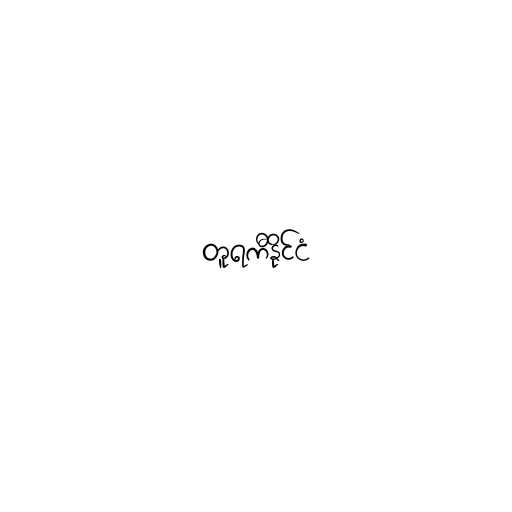
တူရကီနိုင်ငံ